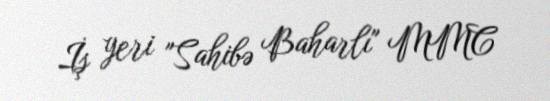
İş yeri "Sahibə Baharlı" MMC